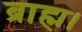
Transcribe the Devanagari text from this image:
ब्राह्म।